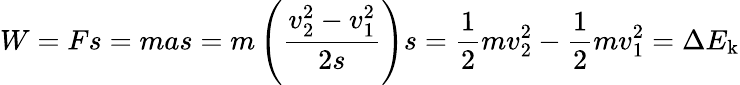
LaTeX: W=Fs=mas=m\left({\frac{v_{2}^{2}-v_{1}^{2}}{2s}}\right)s={\frac{1}{2}}mv_{2}^{2}-{\frac{1}{2}}mv_{1}^{2}=\Delta{E_{\mathrm{k}}}